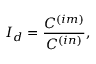
{ \cal I } _ { d } = \frac { C ^ { ( i m ) } } { C ^ { ( i n ) } } ,